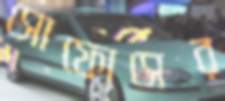
সোফোসের